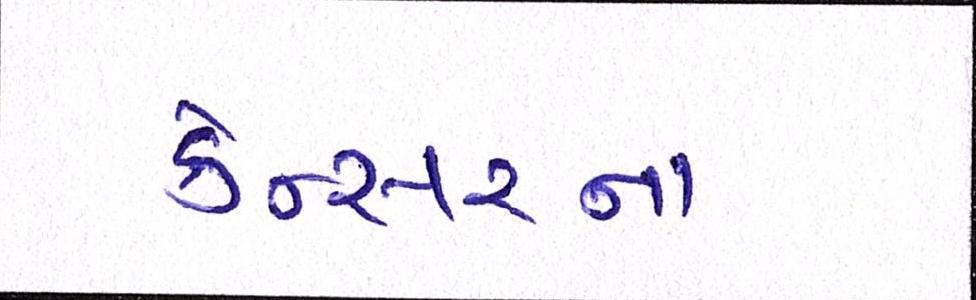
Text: કેન્સરના